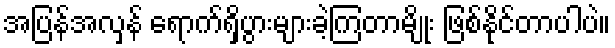
အပြန်အလှန် ရောက်ရှိပွားများခဲ့ကြတာမျိုး ဖြစ်နိုင်တာပါပဲ။